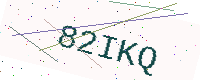
Text: 82IKQ